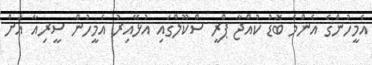
އެމީހުންގެ އެންމެ ބޮޑު ކުއްޖާ ޕްރީ ސްކޫލްގައި އުޅޭއިރު އެމީހުން ސީރިއާ އަށް